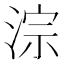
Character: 淙